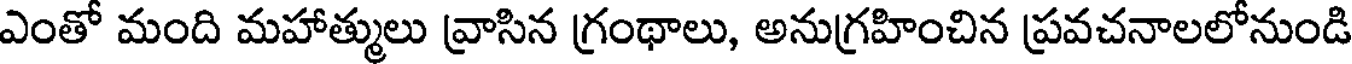
ఎంతో మంది మహాత్ములు వ్రాసిన గ్రంథాలు, అనుగ్రహించిన ప్రవచనాలలోనుండి